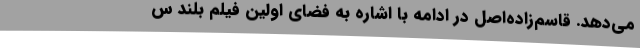
می‌دهد. قاسم‌زاده‌اصل در ادامه با اشاره به فضای اولین فیلم بلند س